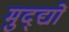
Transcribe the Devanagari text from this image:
मुद्द्यों